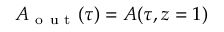
A _ { \mathrm { ~ o ~ u ~ t ~ } } ( \tau ) = A ( \tau , z = 1 )